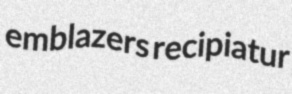
emblazers recipiatur